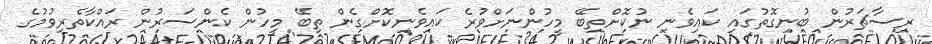
ރިސާޗަރުން ބުނިގޮތުގައި ކައިވެނި ނުކޮށްތިބޭ މީހުންނަށްވުރެ ކައިވެނިކޮށްގެން ތިބޭ މީހުން ކެންސަރުން ރައްކާތެރިވުމުގެ